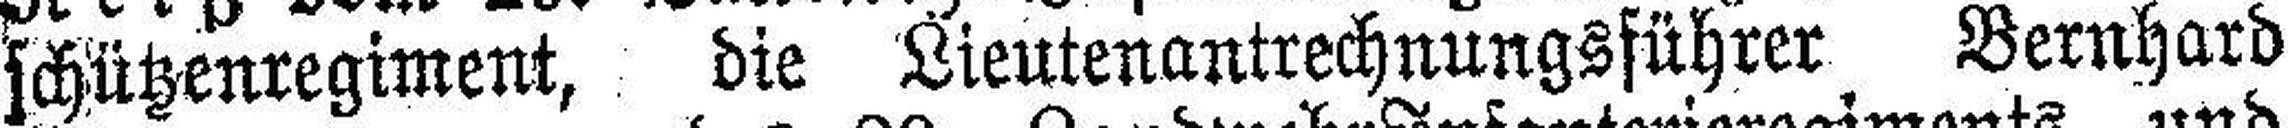
schützenregiment, die Lieutenantrechnungsführer Bernhard